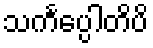
သင်္ကပ္ပေါတိပိ